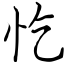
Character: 忔